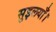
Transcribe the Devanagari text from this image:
सुइलयाँ।